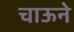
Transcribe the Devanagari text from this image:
चाऊने